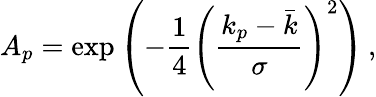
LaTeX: A_{p}=\exp\left(-\frac{1}{4}\left(\frac{k_{p}-\bar{k}}{\sigma}\right)^{2}\right)\, ,